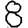
Digit: 8